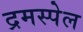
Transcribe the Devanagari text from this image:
द्रमस्पेल